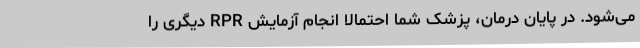
می‌شود. در پایان درمان، پزشک شما احتمالاً انجام آزمایش RPR دیگری را